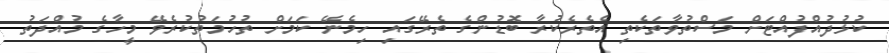
ކުޅުދުއްފުއްޓަށް މަސްތުވާތަކެތި އެތެރެކުރާ ބޮޑުންގެ ތެރޭގައި ހިމެނޭ ކަމަށް ތުހުމަތުކުރެވޭ މީހާގެ މުއްދަތު